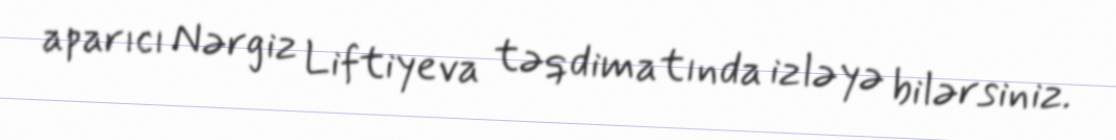
aparıcı Nərgiz Liftiyeva təqdimatında izləyə bilərsiniz.